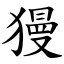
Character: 獌